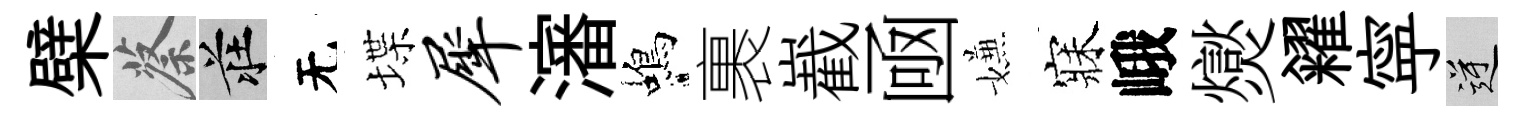
檗蔡莊无堞犀瀋蝎裹嶻凾嫌寐峨爕糴寜逆